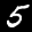
Label: 5